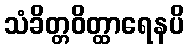
သံခိတ္တဝိတ္ထာရေနပိ